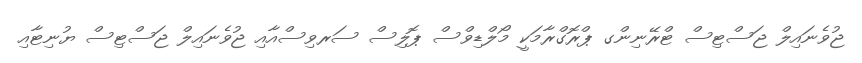
ޖުވެނައިލް ޖަސްޓިސް ޓްރޭނިންގ ޕްރޮގްރާމަކީ މޯލްޑިވްސް ޕޮލިސް ސަރވިސްއާއި ޖުވެނައިލް ޖަސްޓިސް ޔުނިޓާއި